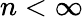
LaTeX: n<\infty